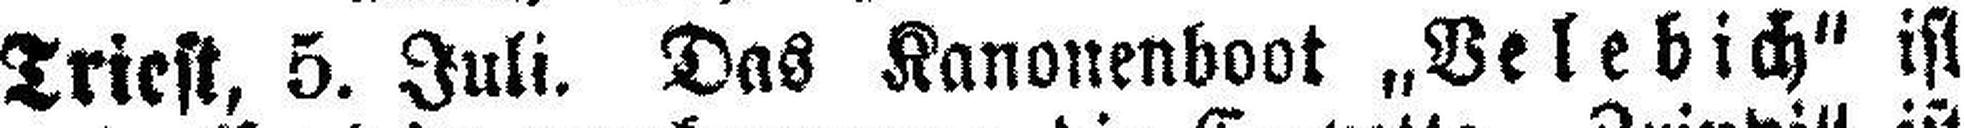
Triest, 5. Juli. Das Kanonenboot „Velebich“ ist